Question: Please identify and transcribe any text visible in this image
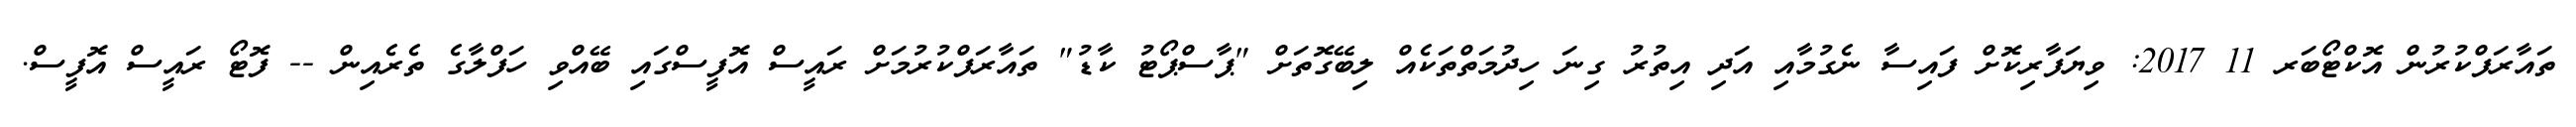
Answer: ތައާރަފްކުރުން އޮކްޓޯބަރ 11 2017: ވިޔަފާރިކޮށް ފައިސާ ނެގުމާއި އަދި އިތުރު ގިނަ ހިދުމަތްތަކެއް ލިބޭގޮތަށް "ޕާސްޕޯޓު ކާޑު" ތައާރަފްކުރުމަށް ރައީސް އޮފީސްގައި ބޭއްވި ހަފްލާގެ ތެރެއިން -- ފޮޓޯ ރައީސް އޮފީސް.